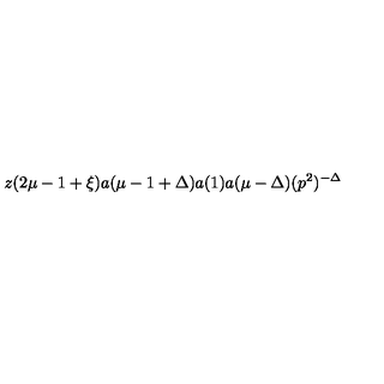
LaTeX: z ( 2 \mu - 1 + \xi ) a ( \mu - 1 + \Delta ) a ( 1 ) a ( \mu - \Delta ) ( p ^ { 2 } ) ^ { - \Delta }